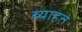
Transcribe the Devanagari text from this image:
ब्याहते